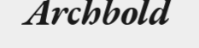
Archbold